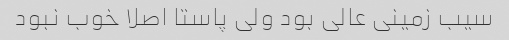
سیب زمینی عالی بود ولی پاستا اصلا خوب نبود